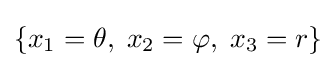
\left\{x_{1}=\theta ,\;x_{2}=\varphi ,\;x_{3}=r\right\}